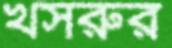
খসরুর